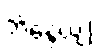
ဘိန္ဒေယျု